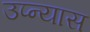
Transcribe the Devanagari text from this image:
उप्न्यास